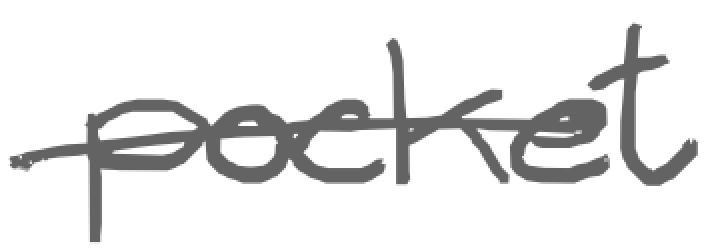
Text: pocket
Cross-out: single-line
Writing tool: digital_gray